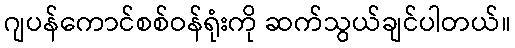
ဂျပန်ကောင်စစ်ဝန်ရုံးကို ဆက်သွယ်ချင်ပါတယ်။